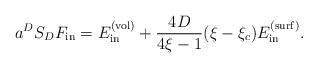
\begin{align*}a^{D}S_DF_{{\rm in}}=E_{{\rm in}}^{{\rm (vol)}}+\frac{4D}{4\xi-1} (\xi -\xi _c)E_{{\rm in}}^{{\rm (surf)}} . \end{align*}